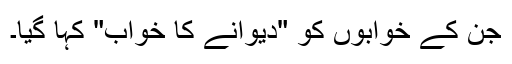
جن کے خوابوں کو "دیوانے کا خواب" کہا گیا۔